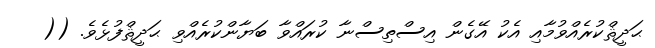
ޙަދީޘްކުރެއްވުމާއި އެކު އޭގެން އިސްތިސްނާ ކުރައްވާ ބަޔާންކުރެއްވި ޙަދީޘްފުޅެވެ. ((